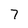
Character: 7